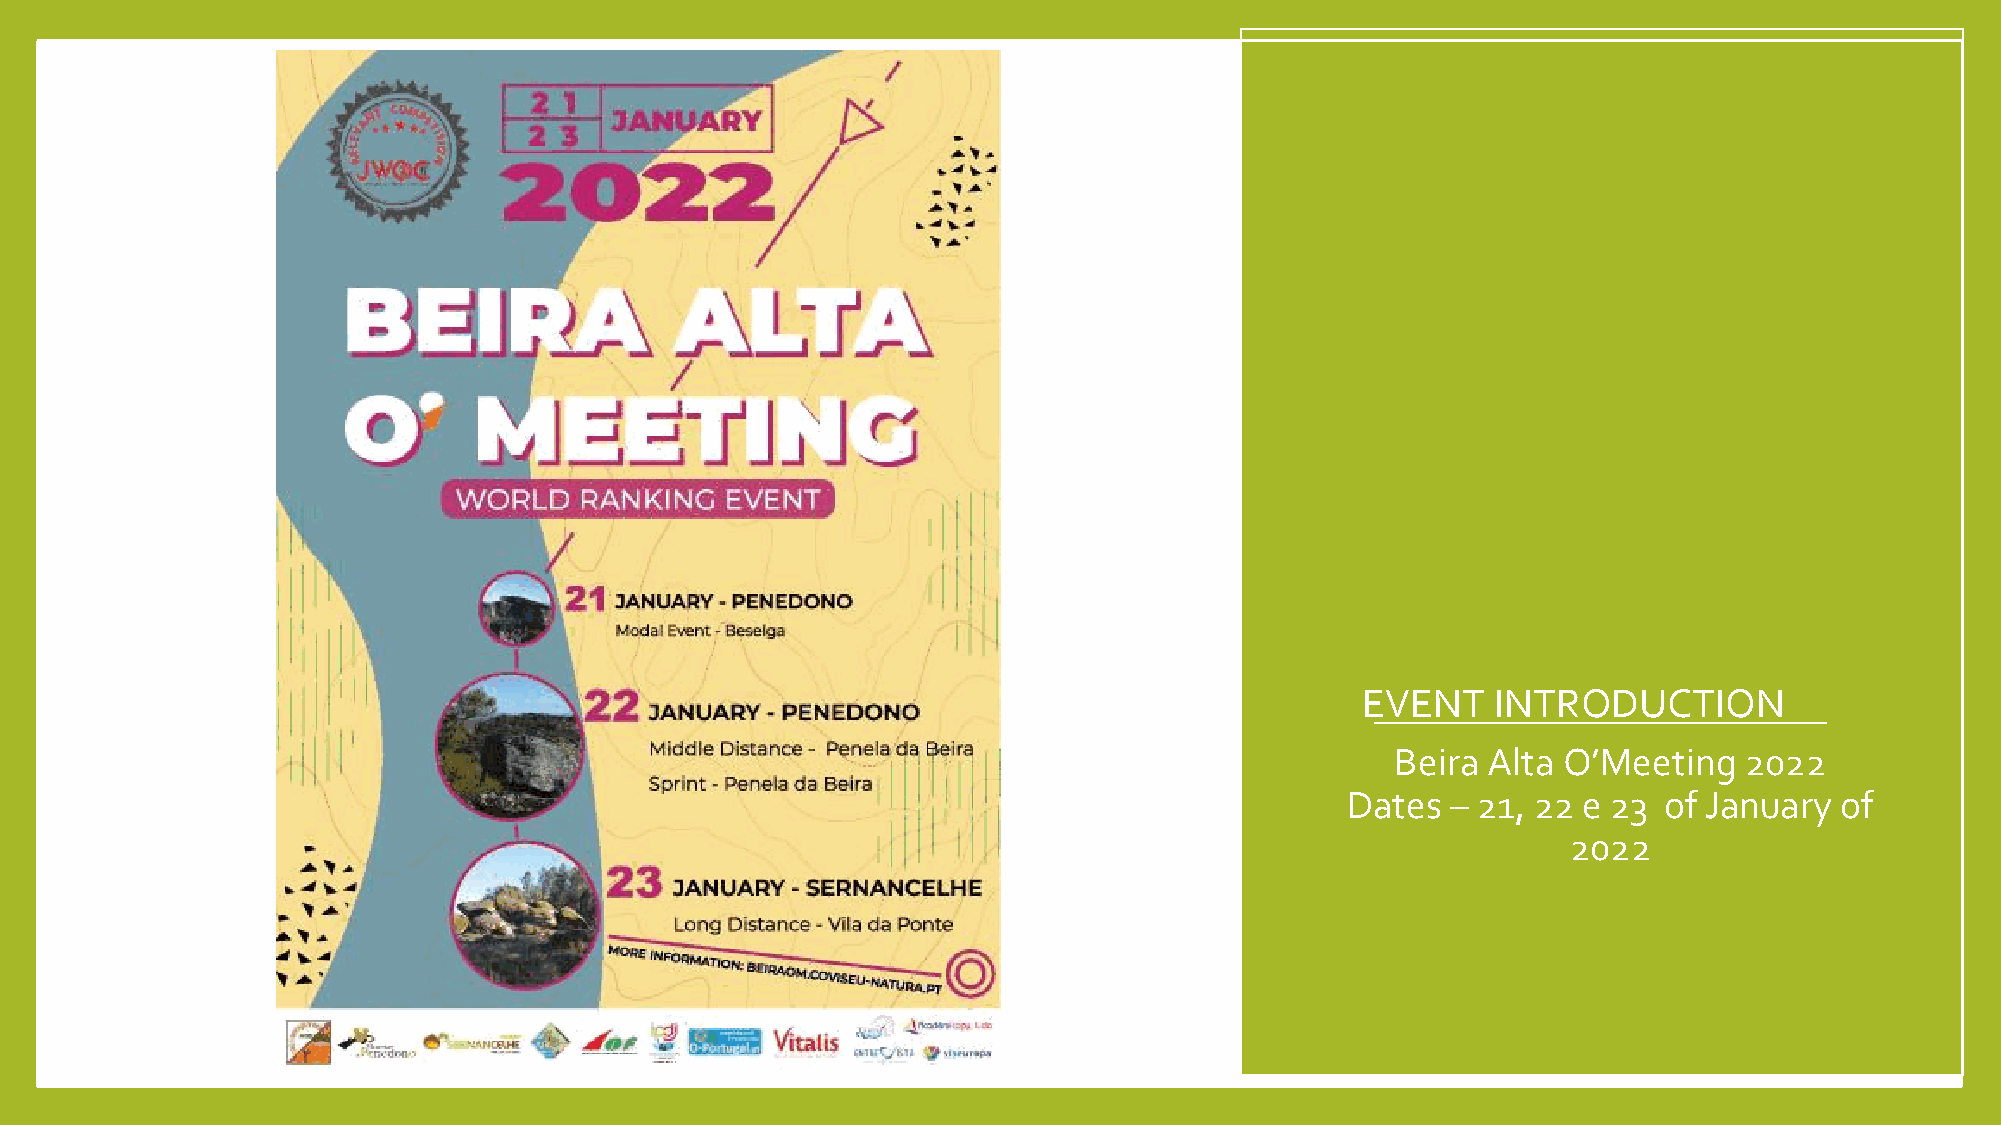
EVENT    INTRODUCTION
 Beira Alta O’Meeting   2022
 Dates  – 21, 22 e 23 of January  of
 2022